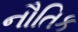
નૌતિક